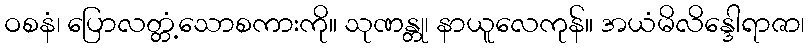
ဝစနံ၊ ပြောလတ္တံ့သောစကားကို။ သုဏန္တု၊ နာယူလေကုန်။ အယံမိလိန္ဒေါရာဇာ၊